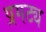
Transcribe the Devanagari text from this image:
प्रगट्य